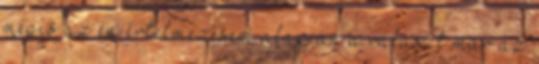
mégis az én értelmezésem alapján a választ már az